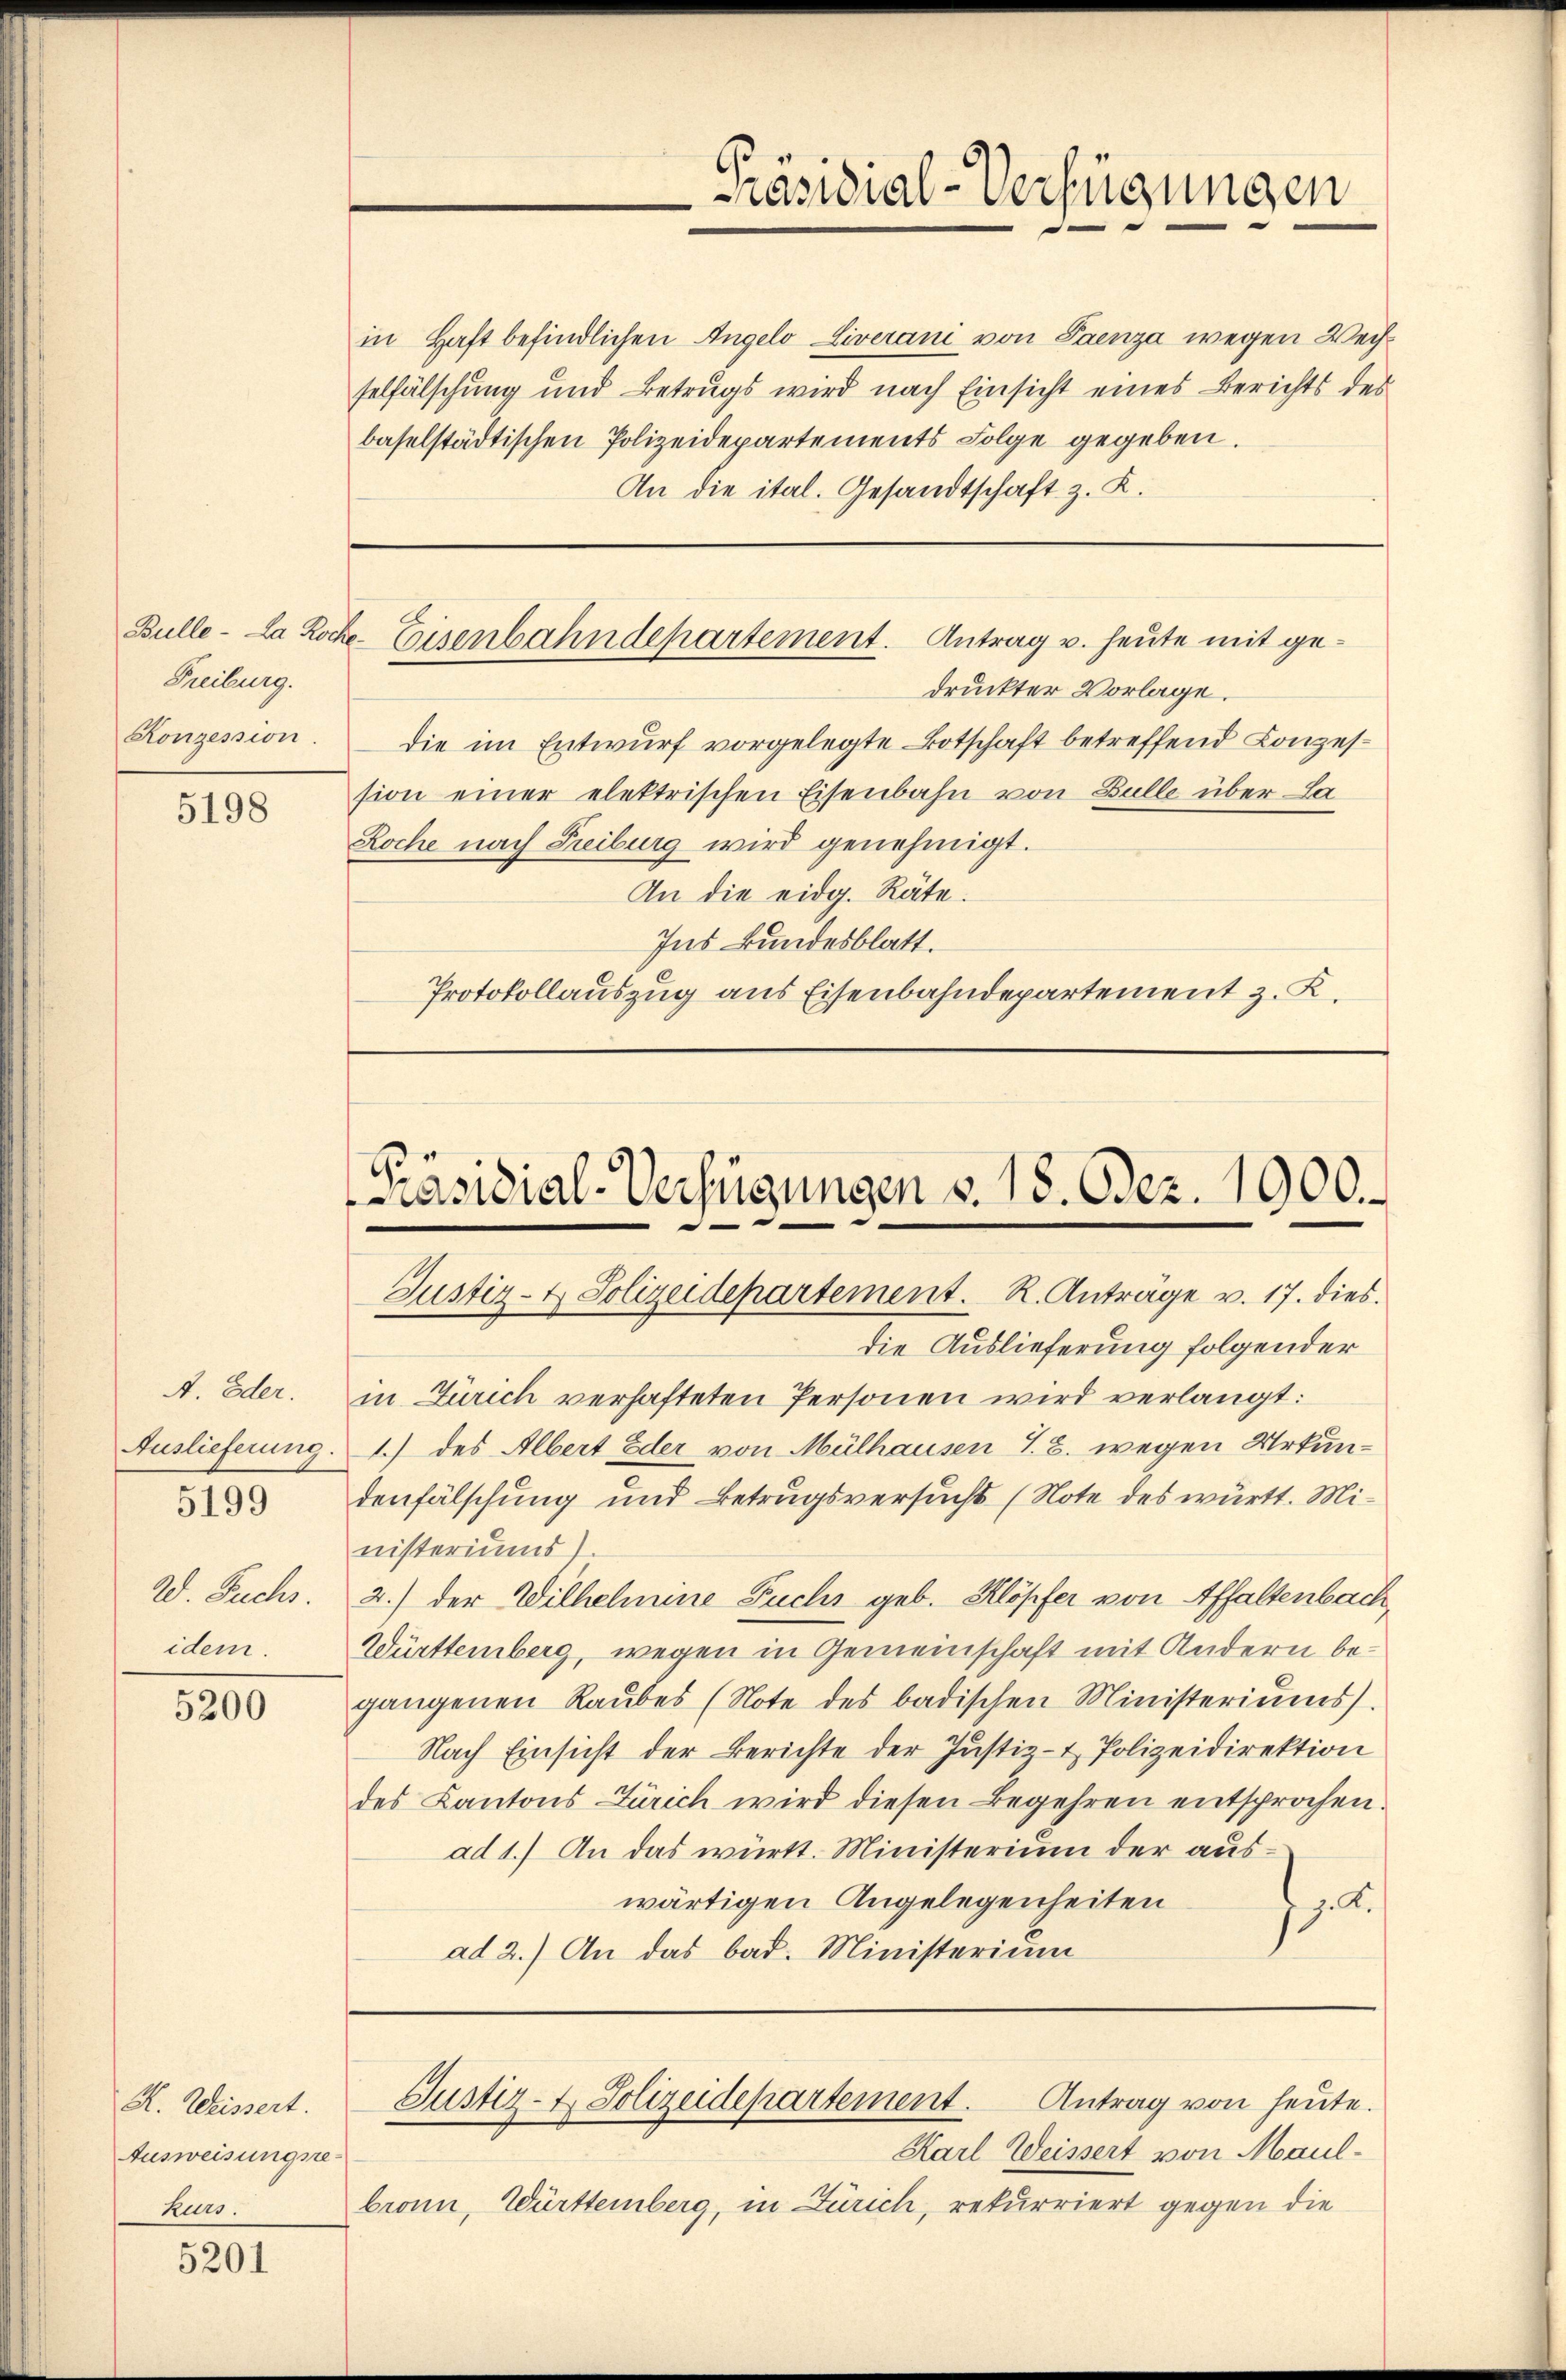
Freiburg.
Konzession.

5198

A. Oder.
5199

W. Fuchs.
idem.

5200

H. Weissert.
Ausweisungse
hurs.

5201

in Haft befindlichen Angelo Liverani von Paenza wegen Wechselfälschung und Betrugs wird nach Einsicht eines Berichts des
baselstädtischen Polizeidepartements Folge gegeben.
An die ital. Gesandtschaft z. K.

Bulle. La Rocke Eisenbahndepartement. Antrag u. heute mit ge¬

Präsidial-Verfügungen

druckter Vorlage.
die im Entwurf vorgelegte Botschaft betreffend Konzession einer elektrischen Eisenbahn von Bulle über La
Roche nach Freiburg wird genehmigt.
An die eidg. Räte.
Ins Bundesblatt.
Protokollauszug aus Eisenbahndepartement z. K.

[Präsidial-Verfügungen v. 18. Dez. 1900.

Justiz- & Polizeidepartement. R. Anträge v. 17. dies
die Auslieferung folgender
in Zürich verhafteten Personen wird verlangt:
Auslieferung 1.) des Albert Eder von Mülhausen I. B. wegen Urkun-
denfälschung und Betrugsversuchs (Note des württ. Ministeriums)
2.) der Wilhelmine Fuchs geb. Klöpfer von Affaltenbach,
Württemberg, wegen in Gemeinschaft mit Andern begangenen Raubes (Note des badischen Ministeriums.
Nach Einsicht der Berichte der Justiz- & Polizeidirektion
des Kantons Zürich wird diesen Begehren entsprochen.
ad 1.) An das württ. Ministerium der auswärtigen Angelegenheiten
j. A.
ad 2.) An das bad. Ministerium

Karl Weissert von Maulbronn, Württemberg, in Zürich, rekurriert gegen die

Justiz- & Polizeidepartement. Antrag von heute.